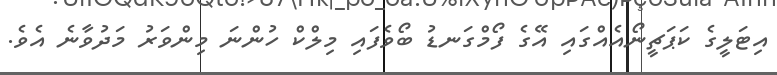
އިޓަލީގެ ކަޕަޗީނޯއެއްގައި އޭގެ ފޯމްގަނޑު ބޯވެފައި މިލްކް ހުންނަ މިންވަރު މަދުވާނެ އެވެ.